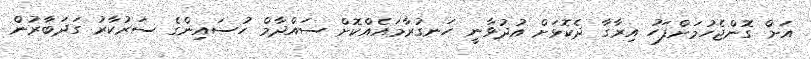
އަށް ގޮންޖެހުމަށްފަހު އިރާގާ ދެކޮޅަށް އުދުވާނީ ހަނގުރާމައެއްކޮށް ސައްދާމް ހުސައިންގެ ސަރުކާރު ގަދަބާރުން